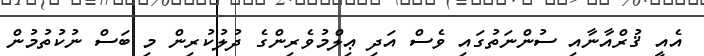
އެއީ ޤުރްއާނާއި ސުންނަތުގައި ވެސް އަދި ޢިލްމުވެރިންގެ ދުލުކުރިން މި ބަސް ނުކުތުމުން